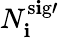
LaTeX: N_{\mathbf{i}}^{\mathrm{{{s\mathbf{i}g}\prime}}}